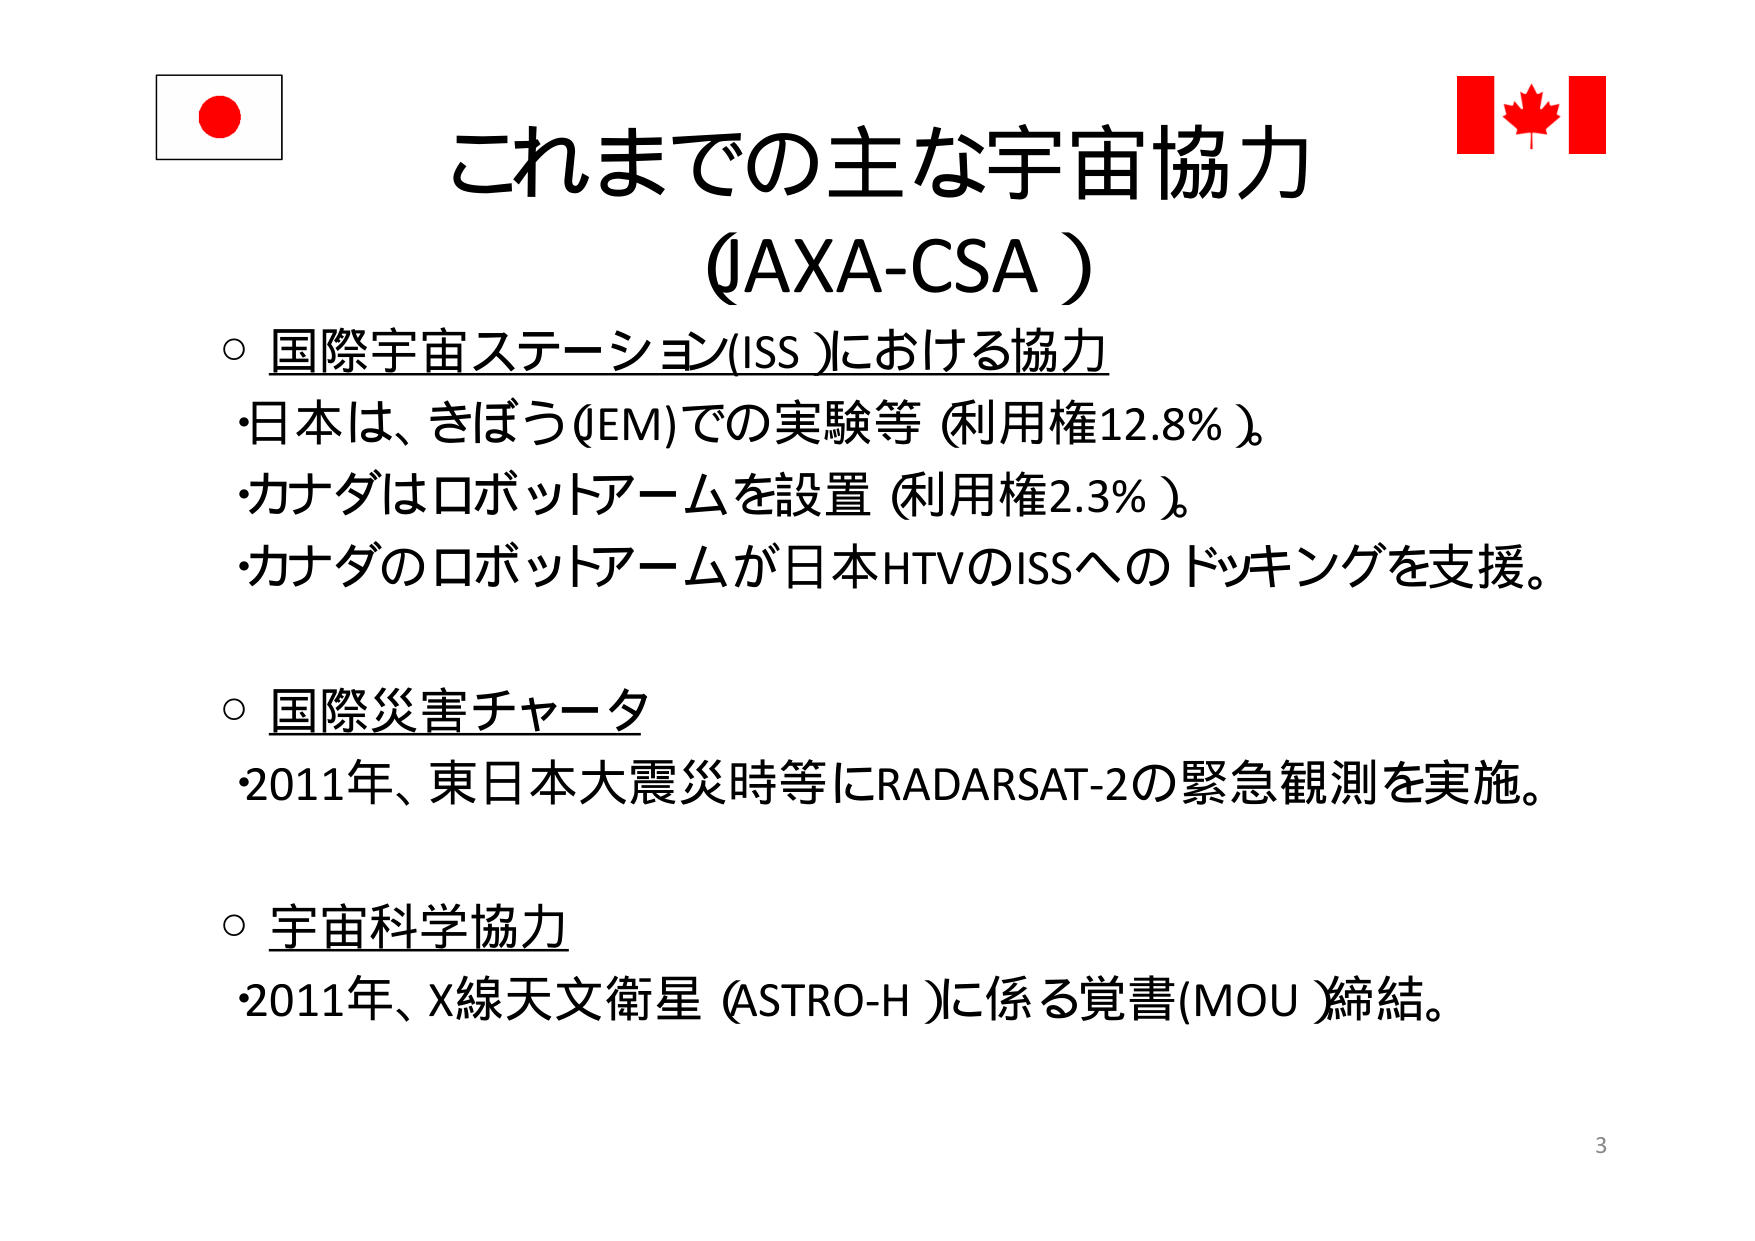
これまでの主な宇宙協力
（JAXA-CSA）

○ 国際宇宙ステーション（ISS）における協力
・日本は、きぼう（JEM）での実験等（利用権12.8％）。
・カナダはロボットアームを設置（利用権2.3％）。
・カナダのロボットアームが日本HTVのISSへのドッキングを支援。

○ 国際災害チャータ
・2011年、東日本大震災時等にRADARSAT-2の緊急観測を実施。

○ 宇宙科学協力
・2011年、X線天文衛星（ASTRO-H）に係る覚書（MOU）締結。

3